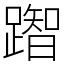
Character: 䠦